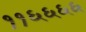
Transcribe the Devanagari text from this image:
११६६६६